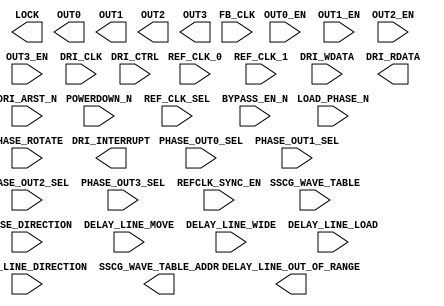
`timescale 1 ns/100 ps
// Version: 


module PLL(
       POWERDOWN_N,
       OUT0_EN,
       OUT1_EN,
       OUT2_EN,
       OUT3_EN,
       REF_CLK_SEL,
       BYPASS_EN_N,
       LOAD_PHASE_N,
       SSCG_WAVE_TABLE,
       PHASE_DIRECTION,
       PHASE_ROTATE,
       PHASE_OUT0_SEL,
       PHASE_OUT1_SEL,
       PHASE_OUT2_SEL,
       PHASE_OUT3_SEL,
       DELAY_LINE_MOVE,
       DELAY_LINE_DIRECTION,
       DELAY_LINE_WIDE,
       DELAY_LINE_LOAD,
       LOCK,
       SSCG_WAVE_TABLE_ADDR,
       DELAY_LINE_OUT_OF_RANGE,
       REFCLK_SYNC_EN,
       REF_CLK_0,
       REF_CLK_1,
       FB_CLK,
       OUT0,
       OUT1,
       OUT2,
       OUT3,
       DRI_CLK,
       DRI_CTRL,
       DRI_WDATA,
       DRI_ARST_N,
       DRI_RDATA,
       DRI_INTERRUPT
    )
/* synthesis black_box

pragma attribute PLL ment_tco0 REF_CLK_0->OUT0+1.384
pragma attribute PLL ment_tco1 REF_CLK_0->OUT1+1.384
pragma attribute PLL ment_tco2 REF_CLK_0->OUT2+1.384
pragma attribute PLL ment_tco3 REF_CLK_0->OUT3+1.384
pragma attribute PLL ment_tco4 REF_CLK_1->OUT0+1.384
pragma attribute PLL ment_tco5 REF_CLK_1->OUT1+1.384
pragma attribute PLL ment_tco6 REF_CLK_1->OUT2+1.384
pragma attribute PLL ment_tco7 REF_CLK_1->OUT3+1.384
*/
/* synthesis black_box black_box_pad ="" */
 ;
input  POWERDOWN_N;
input  OUT0_EN;
input  OUT1_EN;
input  OUT2_EN;
input  OUT3_EN;
input  REF_CLK_SEL;
input  BYPASS_EN_N;
input  LOAD_PHASE_N;
input  [7:0] SSCG_WAVE_TABLE;
input  PHASE_DIRECTION;
input  PHASE_ROTATE;
input  PHASE_OUT0_SEL;
input  PHASE_OUT1_SEL;
input  PHASE_OUT2_SEL;
input  PHASE_OUT3_SEL;
input  DELAY_LINE_MOVE;
input  DELAY_LINE_DIRECTION;
input  DELAY_LINE_WIDE;
input  DELAY_LINE_LOAD;
output LOCK;
output [7:0] SSCG_WAVE_TABLE_ADDR;
output DELAY_LINE_OUT_OF_RANGE;
input  REFCLK_SYNC_EN;
input  REF_CLK_0;
input  REF_CLK_1;
input  FB_CLK;
output OUT0;
output OUT1;
output OUT2;
output OUT3;
input  DRI_CLK;
input  [10:0] DRI_CTRL;
input  [32:0] DRI_WDATA;
input  DRI_ARST_N;
output [32:0] DRI_RDATA;
output DRI_INTERRUPT;
parameter VCOFREQUENCY = 0.0;
parameter DELAY_LINE_SIMULATION_MODE = "";
parameter DATA_RATE = 0.0;
parameter FORMAL_NAME = "";
parameter INTERFACE_NAME = "";
parameter INTERFACE_LEVEL = 'h0;
parameter SOFTRESET = 'h0;
parameter SOFT_POWERDOWN_N = 'h0;
parameter RFDIV_EN = 'h0;
parameter OUT0_DIV_EN = 'h0;
parameter OUT1_DIV_EN = 'h0;
parameter OUT2_DIV_EN = 'h0;
parameter OUT3_DIV_EN = 'h0;
parameter SOFT_REF_CLK_SEL = 'h0;
parameter RESET_ON_LOCK = 'h0;
parameter BYPASS_CLK_SEL = 'h0;
parameter BYPASS_GO_EN_N = 'h0;
parameter BYPASS_PLL = 'h0;
parameter BYPASS_OUT_DIVIDER = 'h0;
parameter FF_REQUIRES_LOCK = 'h0;
parameter FSE_N = 'h0;
parameter FB_CLK_SEL_0 = 'h0;
parameter FB_CLK_SEL_1 = 'h0;
parameter RFDIV = 'h0;
parameter FRAC_EN = 'h0;
parameter FRAC_DAC_EN = 'h0;
parameter DIV0_RST_DELAY = 'h0;
parameter DIV0_VAL = 'h0;
parameter DIV1_RST_DELAY = 'h0;
parameter DIV1_VAL = 'h0;
parameter DIV2_RST_DELAY = 'h0;
parameter DIV2_VAL = 'h0;
parameter DIV3_RST_DELAY = 'h0;
parameter DIV3_VAL = 'h0;
parameter DIV3_CLK_SEL = 'h0;
parameter BW_INT_CTRL = 'h0;
parameter BW_PROP_CTRL = 'h0;
parameter IREF_EN = 'h0;
parameter IREF_TOGGLE = 'h0;
parameter LOCK_CNT = 'h0;
parameter DESKEW_CAL_CNT = 'h0;
parameter DESKEW_CAL_EN = 'h0;
parameter DESKEW_CAL_BYPASS = 'h0;
parameter SYNC_REF_DIV_EN = 'h0;
parameter SYNC_REF_DIV_EN_2 = 'h0;
parameter OUT0_PHASE_SEL = 'h0;
parameter OUT1_PHASE_SEL = 'h0;
parameter OUT2_PHASE_SEL = 'h0;
parameter OUT3_PHASE_SEL = 'h0;
parameter SOFT_LOAD_PHASE_N = 'h0;
parameter SSM_DIV_VAL = 'h0;
parameter FB_FRAC_VAL = 'h0;
parameter SSM_SPREAD_MODE = 'h0;
parameter SSM_MODULATION = 'h0;
parameter FB_INT_VAL = 'h0;
parameter SSM_EN_N = 'h0;
parameter SSM_EXT_WAVE_EN = 'h0;
parameter SSM_EXT_WAVE_MAX_ADDR = 'h0;
parameter SSM_RANDOM_EN = 'h0;
parameter SSM_RANDOM_PATTERN_SEL = 'h0;
parameter CDMUX0_SEL = 'h0;
parameter CDMUX1_SEL = 'h0;
parameter CDMUX2_SEL = 'h0;
parameter CDELAY0_SEL = 'h0;
parameter CDELAY0_EN = 'h0;
parameter DRI_EN = 'h0;

endmodule